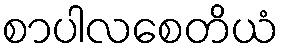
စာပါလစေတိယံ